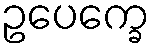
ဥပေက္ခေ